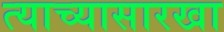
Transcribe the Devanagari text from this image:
त्याच्यासारखा